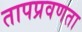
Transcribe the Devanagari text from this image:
तापप्रवणता